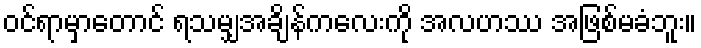
ဝင်ရာမှာတောင် ရသမျှအချိန်ကလေးကို အလဟဿ အဖြစ်မခံဘူး။